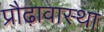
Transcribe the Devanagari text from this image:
प्रौढ़ावास्था